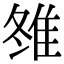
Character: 䧷